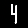
Digit: 4